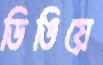
ডিঙিয়ে